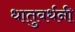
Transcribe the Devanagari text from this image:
धातुवर्धनी